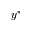
y ^ { * }